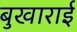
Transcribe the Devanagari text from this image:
बुखाराई